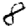
Digit: 8